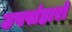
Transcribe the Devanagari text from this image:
उपसंहारों